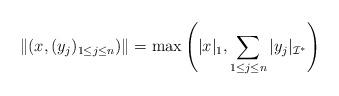
LaTeX: \begin{align*}\|(x,(y_j)_{1 \le j \le n})\| = \max\left(|x|_1,\sum_{1 \le j \le n} |y_j|_{{\mathcal I}^*}\right)\end{align*}